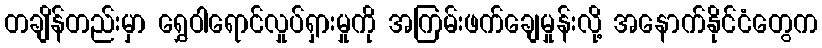
တချိန်တည်းမှာ ရွှေဝါရောင်လှုပ်ရှားမှုကို အကြမ်းဖက်ချေမှုန်းလို့ အနောက်နိုင်ငံတွေက